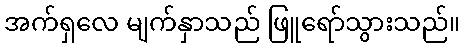
အက်ရှလေ မျက်နှာသည် ဖြူရော်သွားသည်။